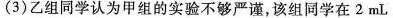
(3)乙组同学认为甲组的实验不够严谨，该组同学在2mL